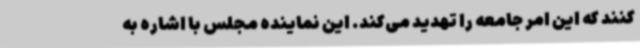
کنند که این امر جامعه را تهدید می‌کند. این نماینده مجلس با اشاره به